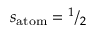
s _ { \mathrm { a t o m } } = { } ^ { 1 } / _ { 2 }